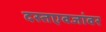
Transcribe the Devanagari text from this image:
दस्तएवजांवर